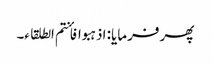
پھر فرمایا: اذہبوا فأنتم الطلقاء۔